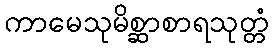
ကာမေသုမိစ္ဆာစာရသုတ္တံ